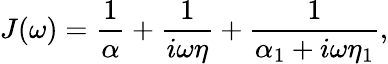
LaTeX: J(\omega)=\frac{1}{\alpha}+\frac{1}{i\omega\eta}+\frac{1}{\alpha_{1}+i\omega\eta_{1}},